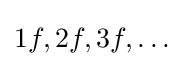
1f,2f,3f,\dots